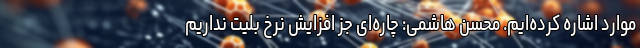
موارد اشاره کرده‌ایم. محسن هاشمی: چاره‌ای جز افزایش نرخ بلیت نداریم